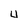
Character: 4